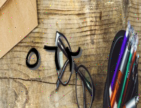
٥٦٢